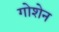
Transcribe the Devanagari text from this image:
गोशेन